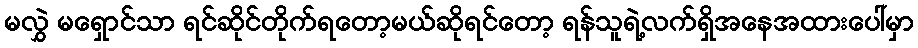
မလွှဲ မရှောင်သာ ရင်ဆိုင်တိုက်ရတော့မယ်ဆိုရင်တော့ ရန်သူရဲ့လက်ရှိအနေအထားပေါ်မှာ